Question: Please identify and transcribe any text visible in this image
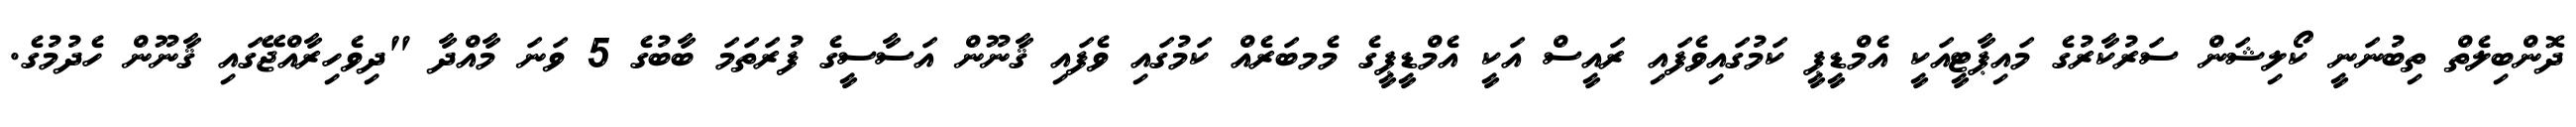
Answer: ދޮންބިލެތް ތިބުނަނީ ކޯލިޝަން ސަރުކާރުގެ މައިޕާޓީއަކީ އެމްޑީޕީ ކަމުގައިވެފައި ރައީސް އަކީ އެމްޑީޕީގެ މެމބަރެއް ކަމުގައި ވެފައި ޤާނޫން އަސާސީގެ ފުރަތަމަ ބާބުގެ 5 ވަނަ މާއްދާ "ދިވެހިރާއްޖޭގައި ޤާނޫން ހެދުމުގެ.